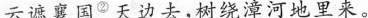
云遮襄国^{②}天边去，树绕漳河地里来。